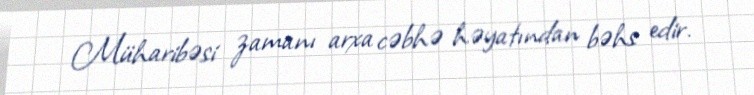
Müharibəsi zamanı arxa cəbhə həyatından bəhs edir.